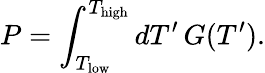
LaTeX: P=\int_{T_{\mathrm{low}}}^{T_{\mathrm{high}}}\mathop{dT^{\prime}}G(T^{\prime}).